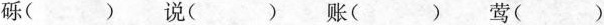
砾() 说() 账() 莺()